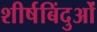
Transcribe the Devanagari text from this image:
शीर्षबिंदुओं